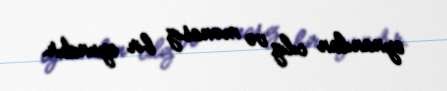
oynanılan cılız və mənasız bir oyundur.